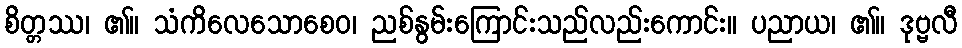
စိတ္တဿ၊ ၏။ သံကိလေသောစေဝ၊ ညစ်နွမ်းကြောင်းသည်လည်းကောင်း။ ပညာယ၊ ၏။ ဒုဗ္ဗလီ